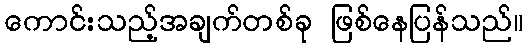
ကောင်းသည့်အချက်တစ်ခု ဖြစ်နေပြန်သည်။